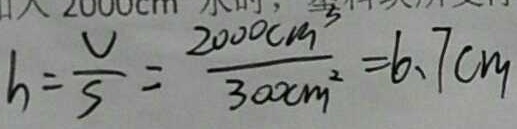
h = \frac { v } { s } = \frac { 2 0 0 0 c m ^ { 3 } } { 3 0 0 c m ^ { 2 } } = 6 . 7 c m